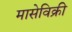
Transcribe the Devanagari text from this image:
मासेविक्री